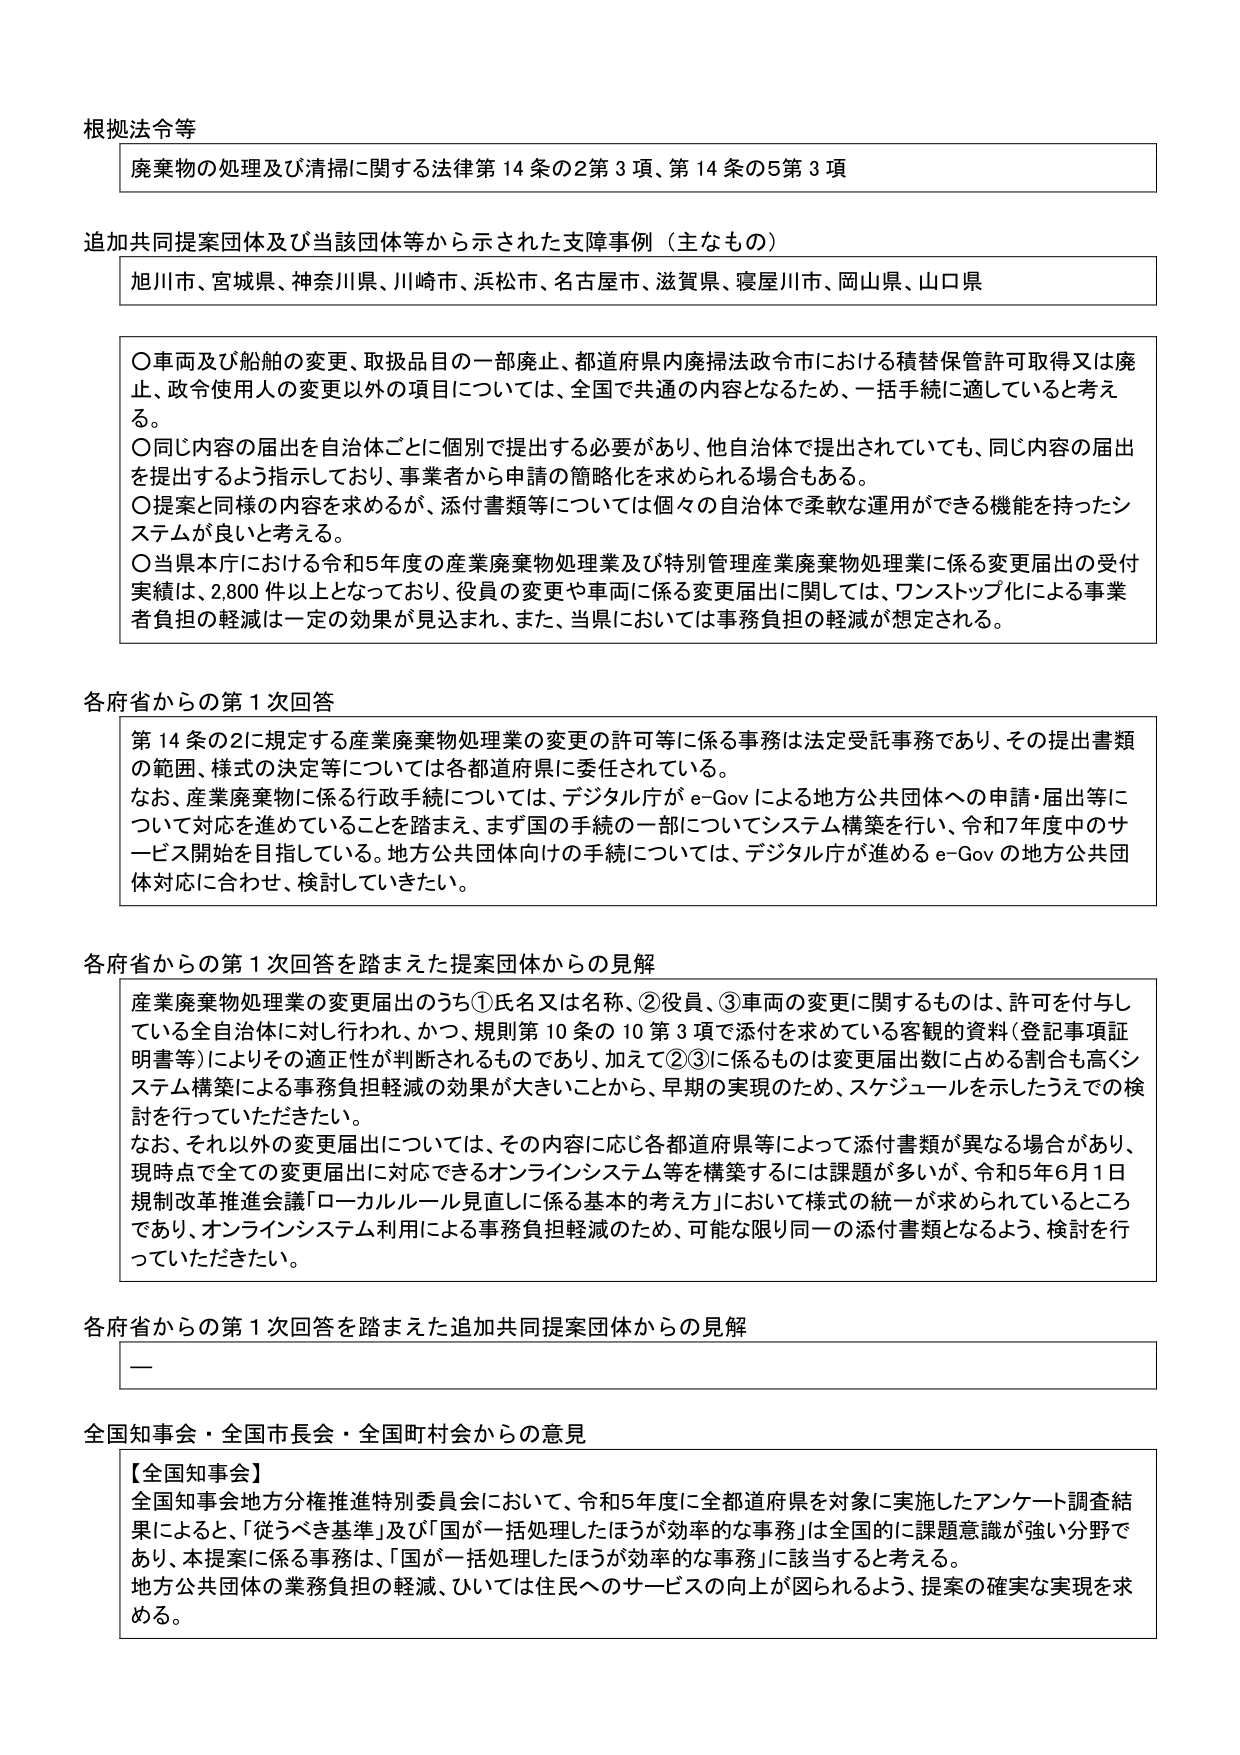
根拠法令等
廃棄物の処理及び清掃に関する法律第14条の2第3項、第14条の5第3項

追加共同提案団体及び当該団体等から示された支援事例（主なもの）
旭川市、宮城県、神奈川県、川崎市、浜松市、名古屋市、滋賀県、寝屋川市、岡山県、山口県

〇車両及び船舶の変更、取扱品目の一部廃止、都道府県内廃掃法政令市における積替保管許可取得又は廃止、政令使用人の変更以外の項目については、全国で共通の内容となるため、一括手続に適していると考える。
〇同じ内容の届出を自治体ごとに個別に提出する必要があり、他自治体で提出されていても、同じ内容の届出を提出するよう指示しており、事業者から申請の簡略化を求められる場合もある。
〇提案と同様の内容を求めるが、添付書類等については個々の自治体で柔軟な運用ができる機能を持ったシステムが良いと考える。
〇当県本庁における令和5年度の産業廃棄物処理業及び特別管理産業廃棄物処理業に係る変更届出の受付実績は、2,800件以上となっており、役員の変更や車両に係る変更届出に関しては、ワンストップ化による事業者負担の軽減は一定の効果が見込まれ、また、当県においては事務負担の軽減が想定される。

各府省からの第1次回答
第14条の2に規定する産業廃棄物処理業の変更の許可等に係る事務は法定受託事務であり、その提出書類の範囲、様式の決定等については各都道府県に委任されている。
なお、産業廃棄物に係る行政手続については、デジタル庁がe-Govによる地方公共団体への申請・届出等について対応を進めていることを踏まえ、まず国の手続の一部についてシステム構築を行い、令和7年度中のサービス開始を目指している。地方公共団体向けの手続については、デジタル庁が進めるe-Govの地方公共団体対応に合わせ、検討していきたい。

各府省からの第1次回答を踏まえた提案団体からの見解
産業廃棄物処理業の変更届出のうち①氏名又は名称、②役員、③車両の変更に関するものは、許可を付与している全自治体に対し行われ、かつ、規則第10条の10第3項で添付を求めている客観的資料（登記事項証明書等）によりその適正性が判断されるものであり、加えて②③に係るものは変更届出数に占める割合も高くシステム構築による事務負担軽減の効果が大きいことから、早期の実現のため、スケジュールを示したうえでの検討を行っていただきたい。
なお、それ以外の変更届出については、その内容に応じ各都道府県等によって添付書類が異なる場合があり、現時点で全ての変更届出に対応できるオンラインシステム等を構築するには課題が多いが、令和5年6月1日規制改革推進会議「ローカルルール見直しに係る基本的考え方」において様式の統一が求められているところであり、オンラインシステム利用による事務負担軽減のため、可能な限り同一の添付書類となるよう、検討を行っていただきたい。

各府省からの第1次回答を踏まえた追加共同提案団体からの見解
ー

全国知事会・全国市長会・全国町村会からの意見
【全国知事会】
全国知事会地方分権推進特別委員会において、令和5年度に全都道府県を対象に実施したアンケート調査結果によると、「従うべき基準」及び「国が一括処理したほうが効率的な事務」は全国的に課題意識が強い分野であり、本提案に係る事務は、「国が一括処理したほうが効率的な事務」に該当すると考える。
地方公共団体の業務負担の軽減、ひいては住民へのサービスの向上が図られるよう、提案の確実な実現を求める。